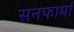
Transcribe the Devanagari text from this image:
सनफार्मा